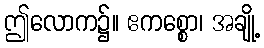
ဤလောက၌။ ဧကစ္စော၊ အချို့